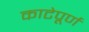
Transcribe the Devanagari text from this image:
काटेपूर्ण